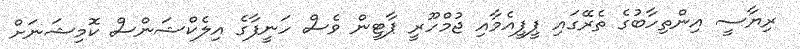
ރިޔާސީ އިންތިހާބުގެ ތެރޭގައި ޕީޕީއެމާއި ޖުމްހޫރީ ޕާޓީން ވެސް ހަނީފާގެ އިލެކްޝަންސް ކޮމިޝަނަށް